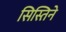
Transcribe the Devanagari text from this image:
सिस्तिने